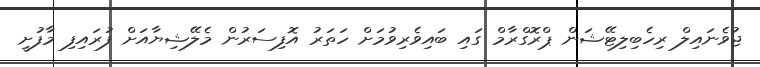
ޖުވެނައިލް ރިހެބިލިޓޭޝަން ޕްރޮގްރާމް ގައި ބައިވެރިވުމަށް ހަތަރު އޮފިސަރުން މެލޭޝިޔާއަށް ފުރައިފި މާފުށީ